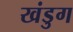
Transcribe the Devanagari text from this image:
खंडुग